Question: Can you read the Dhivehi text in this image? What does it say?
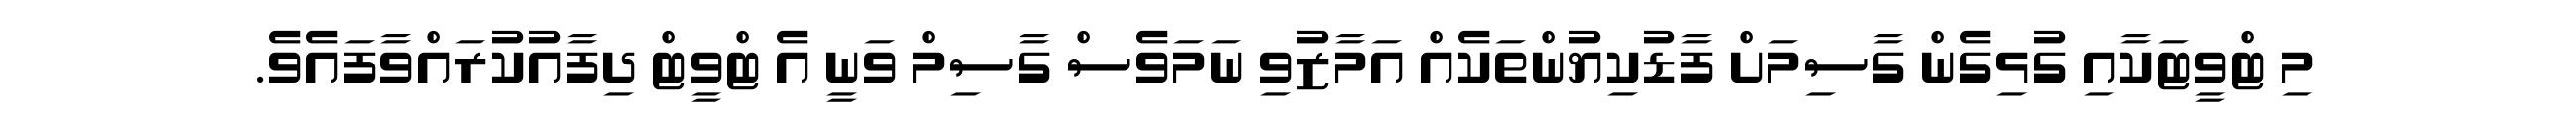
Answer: މި ޓްވީޓަކާއި ގުޅިގެން ގާސިމަށް ފާޑުކިޔުންތަކެއް އަމާޒުވި ނަމަވެސް ގާސިމް ވަނީ އެ ޓްވީޓް ދިފާއުކުރައްވާފައެވެ.